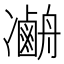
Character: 𠘢